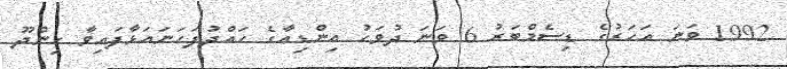
1992 ވަނަ އަހަރުގެ ޑިސެމްބަރު 6 ވަނަ ދުވަހު އިންޑިއާގެ ހައްދުފަހަނައަޅާފައިވާ ހިންދޫ